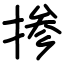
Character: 掺